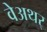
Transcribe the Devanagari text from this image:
वेअथर्